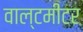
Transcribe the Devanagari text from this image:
वाल्टमीटर